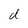
Character: d